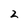
Character: 2